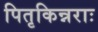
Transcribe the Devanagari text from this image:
पितृकिन्नराः